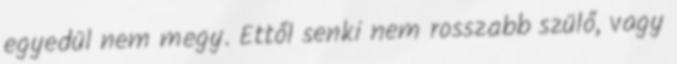
egyedül nem megy. Ettől senki nem rosszabb szülő, vagy